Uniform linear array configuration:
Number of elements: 64
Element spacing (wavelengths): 0.25
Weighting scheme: blackman
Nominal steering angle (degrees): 60
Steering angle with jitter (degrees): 59.197
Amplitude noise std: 0.05
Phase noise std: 0.05

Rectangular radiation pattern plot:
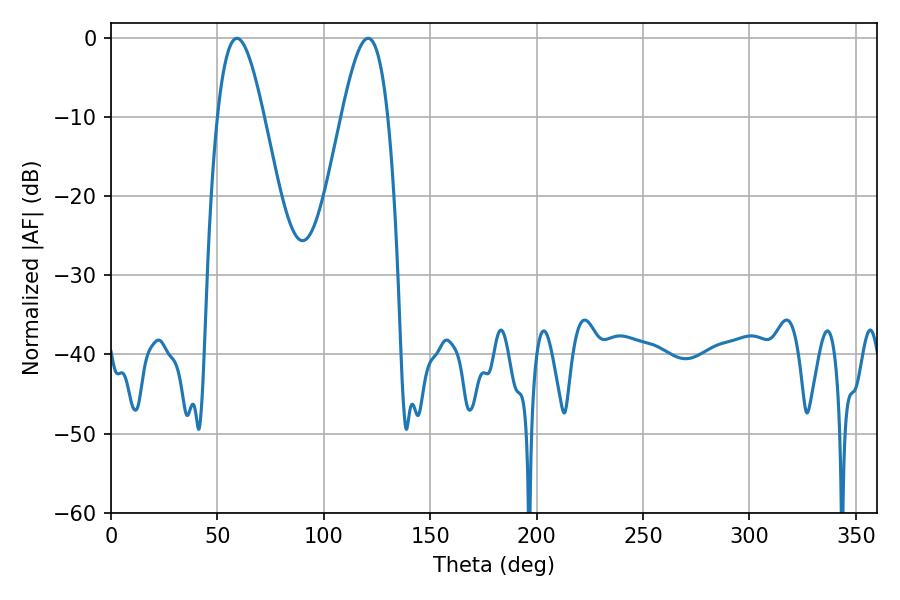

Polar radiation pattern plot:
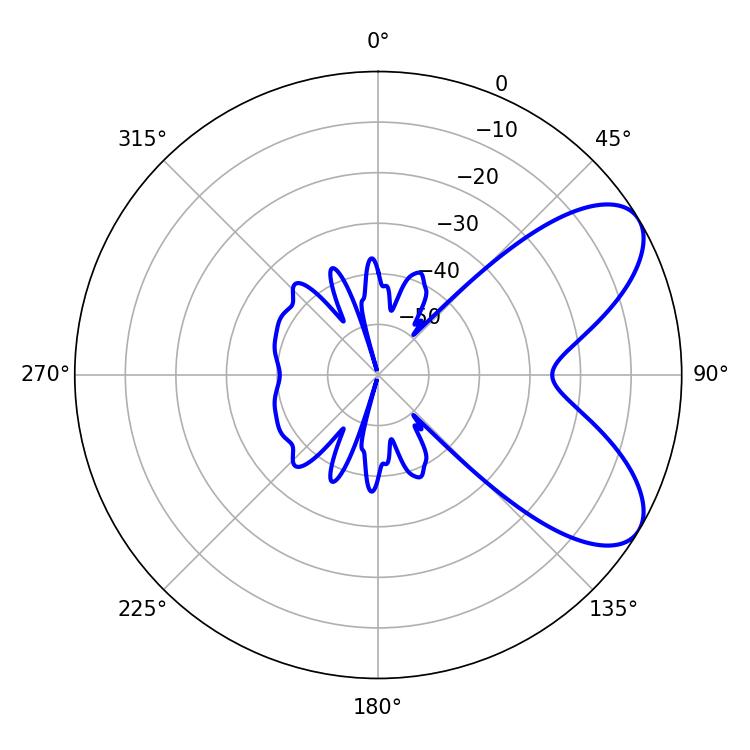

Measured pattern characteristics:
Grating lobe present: FALSE
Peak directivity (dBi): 7.111
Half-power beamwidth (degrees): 11.7
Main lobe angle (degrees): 59.22